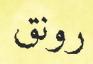
رونق